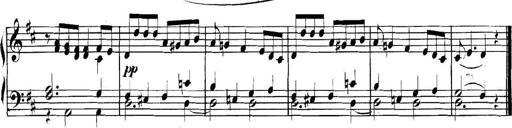
Title: Collected Piano Sonatas
Composer: Muzio Clementi